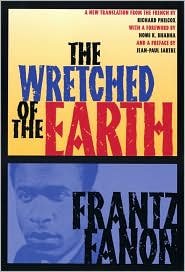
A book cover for The Wretched of the Earth; Frantz Fanon; History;